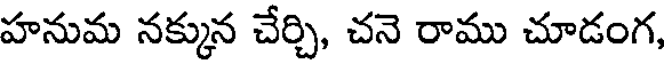
హనుమ నక్కున చేర్చి, చనె రాము చూడంగ,